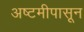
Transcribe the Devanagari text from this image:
अष्टमीपासून